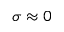
\sigma \approx 0